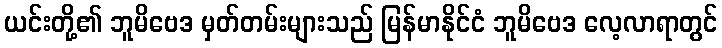
ယင်းတို့၏ ဘူမိဗေဒ မှတ်တမ်းများသည် မြန်မာနိုင်ငံ ဘူမိဗေဒ လေ့လာရာတွင်